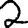
Digit: 2